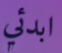
ابدئي